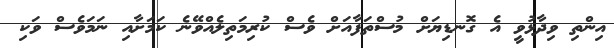
އިންތި ވިދާޅުވީ އެ ގޮނޑިޔަށް މުސްތަފާއަށް ވެސް ކުރިމަތިލެއްވޭނެ ކަމަށާއި ނަމަވެސް ވަކި